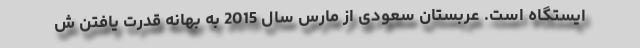
ایستگاه است. عربستان سعودی از مارس سال 2015 به بهانه قدرت یافتن ش